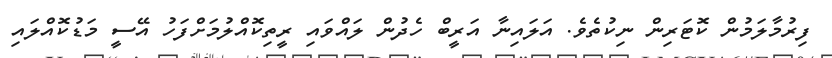
ފިރުމާލަމުން ކޮޓަރިން ނިކުތެވެ. އަލައިނާ އަރީބް ހެދުން ލައްވައި ރީތިކޮއްލުމަށްފަހު އޭސީ މަޑުކޮއްލައި